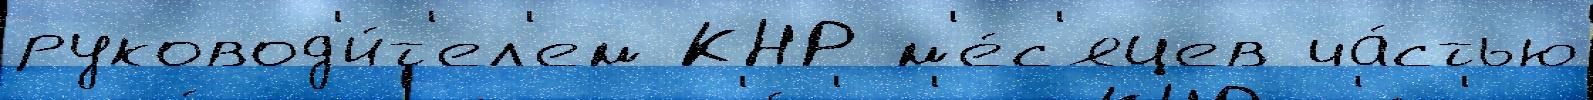
руковод'и́т'ел'ем КНР м'е́с'яцев ча́стью